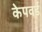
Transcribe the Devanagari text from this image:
केपवर्ड